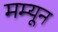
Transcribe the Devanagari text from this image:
मम्यून